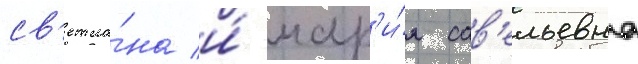
св'етла́на и́ мар'и́я сав'ельевна